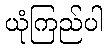
ယုံကြည်ပါ